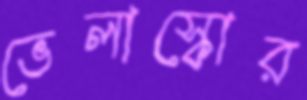
ভেলাস্কোর